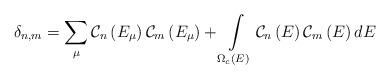
LaTeX: \begin{align*}\delta _{n,m}=\sum_{\mu }\mathcal{C}_{n}\left( E_{\mu }\right) \mathcal{C}_{m}\left( E_{\mu }\right) +\int\limits_{\Omega _{c}\left( E\right) }\mathcal{C}_{n}\left( E\right) \mathcal{C}_{m}\left( E\right) dE\end{align*}